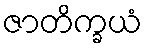
ဇာတိက္ခယံ